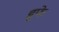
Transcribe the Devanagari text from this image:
डूफे